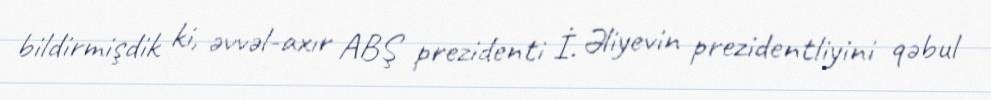
bildirmişdik ki, əvvəl-axır ABŞ prezidenti İ. Əliyevin prezidentliyini qəbul